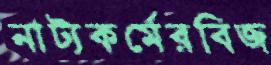
নাট্যকর্মেরবিজ